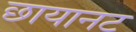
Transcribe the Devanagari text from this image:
छायानट